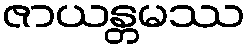
ဇာယန္တမဿ